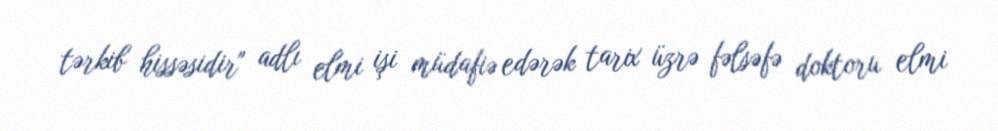
tərkib hissəsidir" adlı elmi işi müdafiə edərək tarix üzrə fəlsəfə doktoru elmi